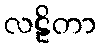
လဠိတာ